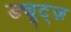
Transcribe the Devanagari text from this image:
ड्यूट्ज़